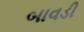
બાવડી